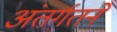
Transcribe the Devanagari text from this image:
अंतर्गतने